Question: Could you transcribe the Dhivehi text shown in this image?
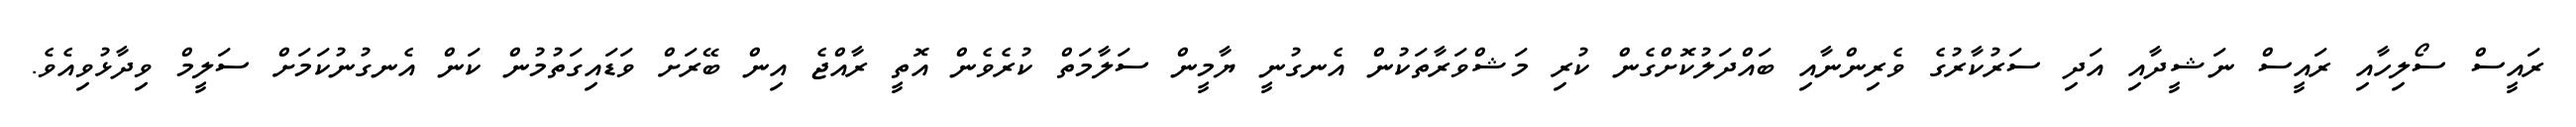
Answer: ރައީސް ސޯލިހާއި ރައީސް ނަޝީދާއި އަދި ސަރުކާރުގެ ވެރިންނާއި ބައްދަލުކޮށްގެން ކުރި މަޝްވަރާތަކުން އެނގުނީ ޔާމީން ސަލާމަތް ކުރެވެން އޮތީ ރާއްޖެ އިން ބޭރަށް ވަޑައިގަތުމުން ކަން އެނގުނުކަމަށް ސަލީމް ވިދާޅުވިއެވެ.